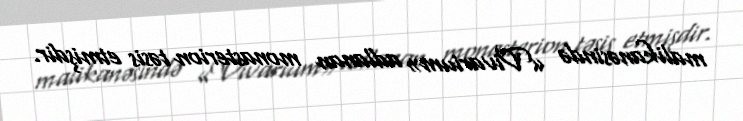
malikanəsində «Vivarium» adlanan monasterion təsis etmişdir.